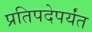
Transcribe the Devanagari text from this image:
प्रतिपदेपर्यंत